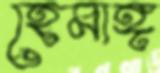
হেমাঙ্গ